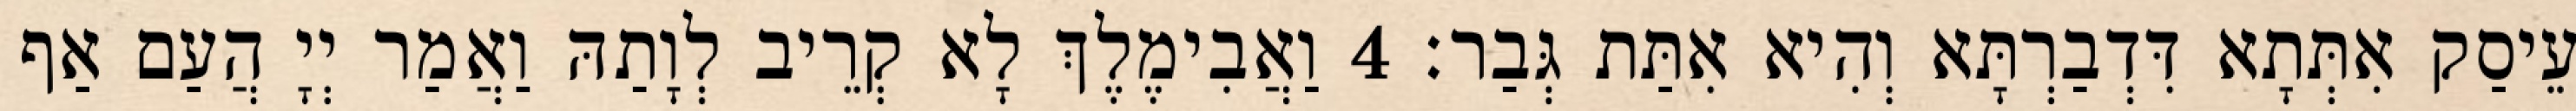
עֵיסַק אִתְּתָא דִּדְבַרְתָּא וְהִיא אִתַּת גְּבַר׃ 4 וַאֲבִימֶלֶךְ לָא קְרֵיב לְוָתַהּ וַאֲמַר יְיָ הֲעַם אַף